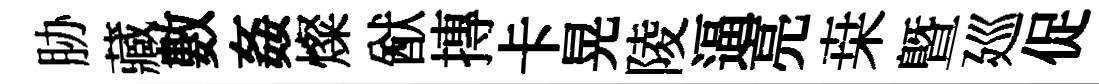
胁藏數姦燦猷摶卡晃陵逼亮桒暨廵促